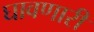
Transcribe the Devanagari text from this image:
घावणारी